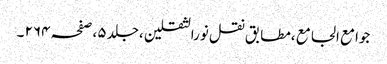
جوامع الجامع ،مطابق نقل نورالثقلین ،جلد ٥ ،صفحہ ٢٦٤ ۔